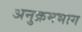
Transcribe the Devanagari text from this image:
अनुक्रमभाग